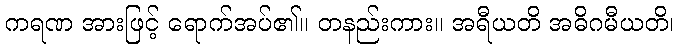
ကရဏ အားဖြင့် ရောက်အပ်၏။ တနည်းကား။ အရီယတိ အဓိဂမီယတိ၊